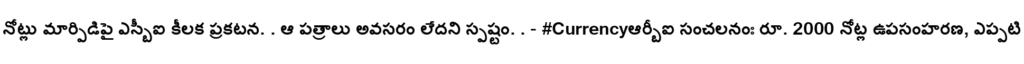
నోట్లు మార్పిడిపై ఎస్బీఐ కీలక ప్రకటన. . ఆ పత్రాలు అవసరం లేదని స్పష్టం. . - #Currencyఆర్బీఐ సంచలనంః రూ. 2000 నోట్ల ఉపసంహరణ, ఎప్పటి